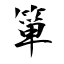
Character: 箪